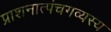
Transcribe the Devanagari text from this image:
प्राशनात्पंचगव्यस्य